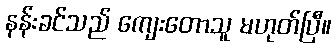
နန်းခင်သည် ကျေးတောသူ မဟုတ်ပြီ။